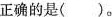
正确的是()。